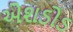
એશડોડ